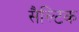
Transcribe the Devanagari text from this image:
सैल्टिक